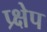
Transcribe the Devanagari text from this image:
प्र्क्षेप